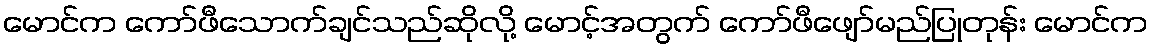
မောင်က ကော်ဖီသောက်ချင်သည်ဆိုလို့ မောင့်အတွက် ကော်ဖီဖျော်မည်ပြုတုန်း မောင်က